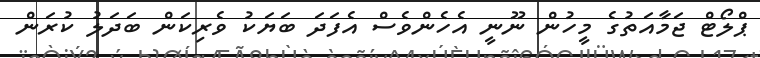
ޕްލޯޓް ޖަމާއަތުގެ މީހުން ނޫނީ އެހެންވެސް އެފަދަ ބަޔަކު ވެރިކަން ބަދަލު ކުރަން